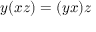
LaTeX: y ( x z ) = ( y x ) z